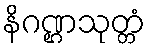
နိဂဏ္ဌသုတ္တံ